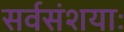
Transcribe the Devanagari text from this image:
सर्वसंशयाः